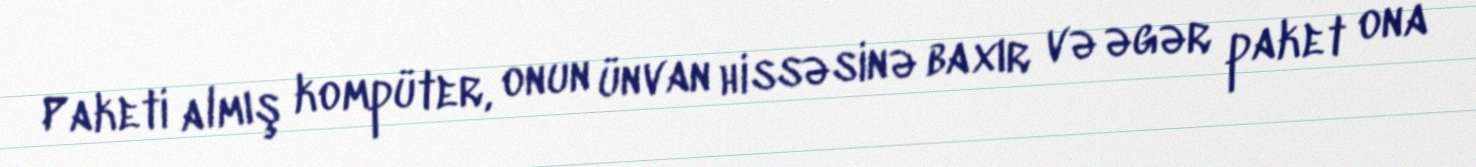
Paketi almış kompüter, onun ünvan hissəsinə baxır və əgər paket ona